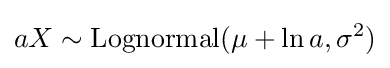
aX\sim \operatorname {Lognormal} (\mu +\ln a,\sigma ^{2})